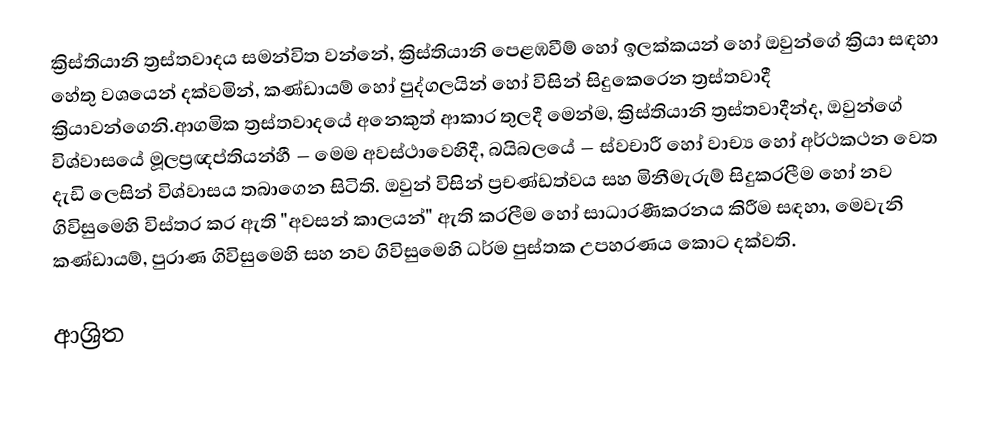
ක්‍රිස්තියානි ත්‍රස්තවාදය සමන්විත වන්නේ, ක්‍රිස්තියානි පෙළඹවීම් හෝ ඉලක්කයන් හෝ ඔවුන්ගේ ක්‍රියා සඳහා හේතු වශයෙන් දක්වමින්,  කණ්ඩායම් හෝ පුද්ගලයින් හෝ විසින් සිදුකෙරෙන ත්‍රස්තවාදී ක්‍රියාවන්ගෙනි.ආගමික ත්‍රස්තවාදයේ අනෙකුත් ආකාර තුලදී මෙන්ම, ක්‍රිස්තියානි ත්‍රස්තවාදීන්ද, ඔවුන්ගේ විශ්වාසයේ මූලප්‍රඥප්තියන්හී  – මෙම අවස්ථාවෙහිදී, බයිබලයේ – ස්වචාරී හෝ වාච්‍ය හෝ අර්ථකථන වෙත දැඩි ලෙසින් විශ්වාසය තබාගෙන සිටිති. ඔවුන් විසින් ප්‍රචණ්ඩත්වය සහ මිනීමැරුම්  සිදුකරලීම හෝ නව ගිවිසුමෙහි විස්තර කර ඇති  "අවසන් කාලයන්" ඇති කරලීම හෝ සාධාරණීකරනය කිරීම සඳහා,  මෙවැනි කණ්ඩායම්,   පුරාණ ගිවිසුමෙහි සහ නව ගිවිසුමෙහි ධර්ම පුස්තක  උපහරණය කොට දක්වති.

ආශ්‍රිත